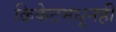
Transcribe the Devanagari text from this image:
क्रिकेटमधूनही